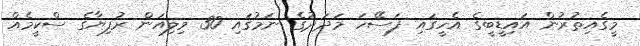
މީގެއިތުރުން އައިޑީބީގެ އެހީގައި ފަސޭހަ މަދަދުގެ ނަމުގައި 30 މިލިއަން ރުފިޔާގެ ސްކީމެއް